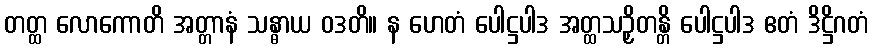
တတ္ထ လောကောတိ အတ္တာနံ သန္ဓာယ ဝဒတိ။ န ဟေတံ ပေါဋ္ဌပါဒ အတ္ထသဉှိတန္တိ ပေါဋ္ဌပါဒ ဧတံ ဒိဋ္ဌိဂတံ